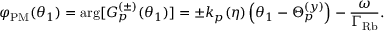
\varphi _ { \mathrm { P M } } ( \theta _ { 1 } ) = \arg [ G _ { p } ^ { ( \pm ) } ( \theta _ { 1 } ) ] = \pm k _ { p } ( \eta ) \left( \theta _ { 1 } - \Theta _ { p } ^ { ( y ) } \right) - \frac { \omega } { \Gamma _ { \mathrm { R b } } } .